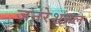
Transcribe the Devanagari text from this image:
जनरेशनल